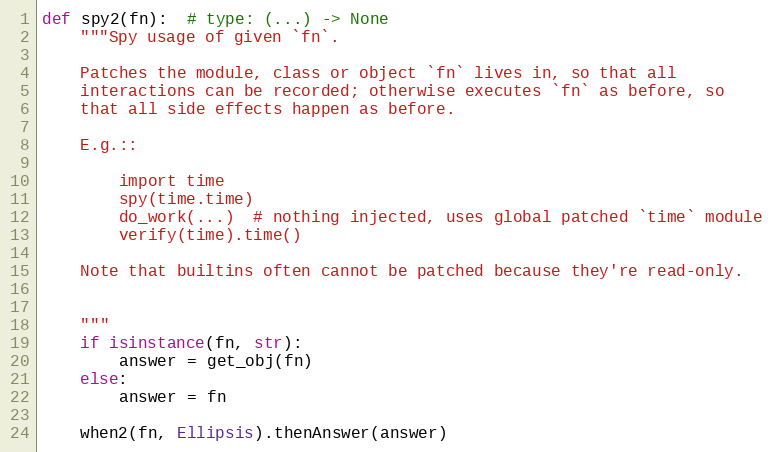
Language: Python
def spy2(fn):  # type: (...) -> None
    """Spy usage of given `fn`.

    Patches the module, class or object `fn` lives in, so that all
    interactions can be recorded; otherwise executes `fn` as before, so
    that all side effects happen as before.

    E.g.::

        import time
        spy(time.time)
        do_work(...)  # nothing injected, uses global patched `time` module
        verify(time).time()

    Note that builtins often cannot be patched because they're read-only.

    """
    if isinstance(fn, str):
        answer = get_obj(fn)
    else:
        answer = fn

    when2(fn, Ellipsis).thenAnswer(answer)